Vaccination in Bombay 1924-1928 - 1924-1928
Year: 1924
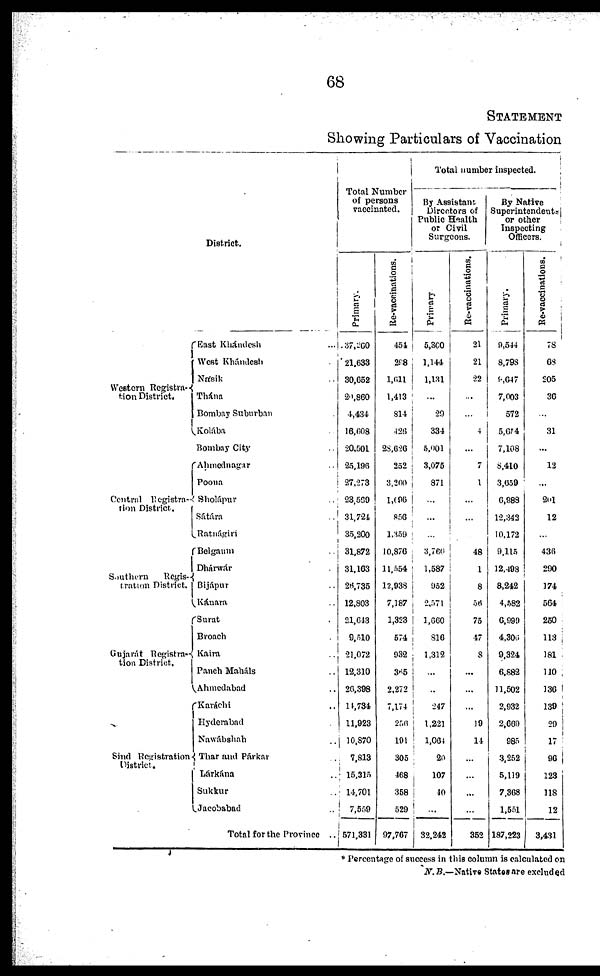
68
STATEMENT
Showing Particulars of Vaccination
District.
Western Registra¬
tion District.
Central Registra¬
tion District.
Southern
Regis-
tration District
Gujarát Registra-
tion District.
Sind Registration
District.
East Khándesh ...
West Khándesh...
Násik ...
Thána ...
Bombay Suburban ...
Kolába ...
Bombay City ...
Ahmednagar ...
Poona ...
Sholápur ...
Sátára ...
Ratnágiri ...
Belgaum ...
Dhárwár ...
Bijápur ...
Kánara ...
Surat ...
Broach ...
Kaira ...
Panch Maháls ...
Ahmedabad ...
Karáchi ...
Hyderabad ...
Nawábshah ...
Thar and Párkar
Lárkána ...
Sukkur ...
Jacobabad ...
Total for the Province ..
Total Number
of persons
vaccinated.
Primary.
37,260
21,633
30,652
20,860
4,434
16,608
20,501
25,196
27,273
23,569
31,724
35,200
31,872
31,163
26,735
12,803
21,643
9,510
21,072
12,310
26,398
14,734
11,923
10,870
7,813
15,315
14,701
7,559
571,331
Re-vaccinations.
451
298
1,611
1,413
814
426
28,626
252
3,260
1,096
856
1,359
10,870
11,554
12,938
7,187
1,323
574
932
365
2,272
7,174
256
191
305
468
358
529
97,767
Total number inspected.
By Assistant;
Directors of
Public Health
or Civil
Surgeons.
Primary
5,300
1,144
1,131
...
29
334
5,001
3,075
871
...
...
...
3,760
1,587
952
2,571
1,660
816
1,312
...
...
247
1,221
1,064
20
107
40
...
32,242
Re-vaccinations.
21
21
22
...
...
4
...
7
1
...
...
...
48
1
8
56
75
47
8
...
...
...
19
14
...
...
...
...
352
By Native
Superintendents
or other
Inspecting
Officers.
Primary.
9,544
8,798
9,647
7,003
572
5,654
7,108
8,410
3,659
6,988
12,343
10,172
9,115
12,498
8,242
4,582
6,999
4,306
9,324
6,882
11,502
2,932
2,669
985
3,252
5,119
7,368
1,551
187,223
Re-vaccinations.
78
68
205
36
...
31
...
12
...
201
12
...
436
290
174
564
250
113
181
110
136
139
29
17
96
123
118
12
3,431
* Percentage of success in this column is calculated on
N.B.—Native States are excluded